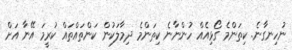
ނުހިނގާނެ. ކިތަންމެ ގޯޅިއެއް ހުންނާނެ ކިތަންމެ ދިމާލަކުން ކަންތައްތައް ކުރީމަ އޭނާ އަށް